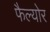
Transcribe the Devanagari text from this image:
फैल्योर